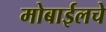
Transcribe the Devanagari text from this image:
मोबाईलचे